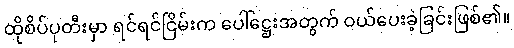
ထိုစိပ်ပုတီးမှာ ရင်ရင်ငြိမ်းက ပေါ်ဋ္ဌေးအတွက် ဝယ်ပေးခဲ့ခြင်းဖြစ်၏။